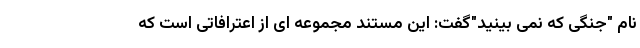
نام "جنگی که نمی بینید"گفت: این مستند مجموعه ای از اعترافاتی است که